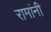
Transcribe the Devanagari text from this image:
रामांनी